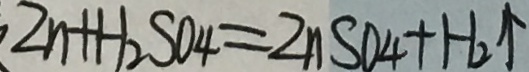
2 n + H _ { 2 } S O _ { 4 } = 2 n S O _ { 4 } + H _ { 2 } \uparrow